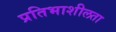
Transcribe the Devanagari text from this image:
प्रतिभाशीलता